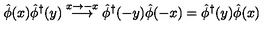
\hat { \phi } ( x ) { \hat { \phi } } ^ { \dag } ( y ) \stackrel { x \rightarrow - x } { \longrightarrow } \hat { \phi } ^ { \dag } ( - y ) \hat { \phi } ( - x ) = \hat { \phi } ^ { \dag } ( y ) \hat { \phi } ( x )